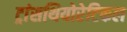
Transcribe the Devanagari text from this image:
ट्रांसथियोरेटिकल